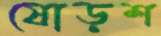
ষোড়শ